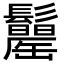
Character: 𩯾